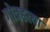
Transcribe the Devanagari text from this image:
गोत्रहत्या